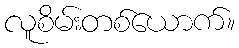
လူစိမ်းတစ်ယောက်။